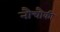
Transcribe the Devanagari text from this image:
नौचौकी